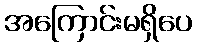
အကြောင်းမရှိပေ